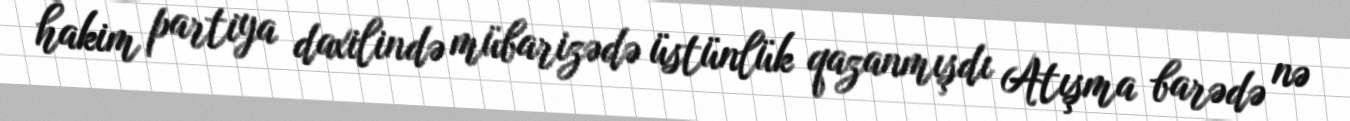
hakim partiya daxilində mübarizədə üstünlük qazanmışdı Atışma barədə nə